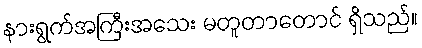
နားရွက်အကြီးအသေး မတူတာတောင် ရှိသည်။